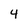
Character: 4